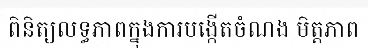
ពិនិត្យលទ្ធភាពក្នុងការបង្កើតចំណង មិត្តភាព